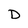
Character: D